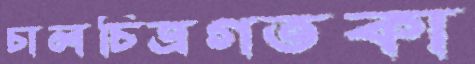
চালচিত্রগতকা